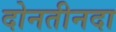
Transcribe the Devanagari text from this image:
दोनतीनदा